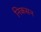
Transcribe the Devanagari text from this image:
निकसन